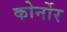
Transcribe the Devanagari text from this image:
कोर्नोर